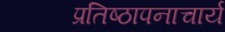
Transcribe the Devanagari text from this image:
प्रतिष्ठापनाचार्य